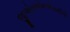
જીએસએમએસસીપી